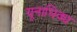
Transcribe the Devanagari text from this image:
यूनाधिक्य